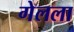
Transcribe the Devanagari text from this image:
गेलला